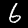
Label: 6